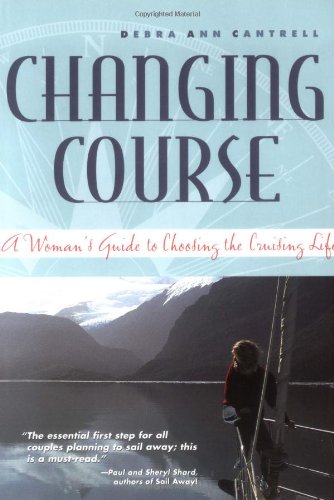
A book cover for Changing Course : A Woman's Guide to Choosing the Cruising Life; Debra Cantrell; Sports & Outdoors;